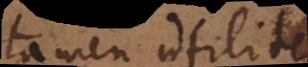
tamen utilit